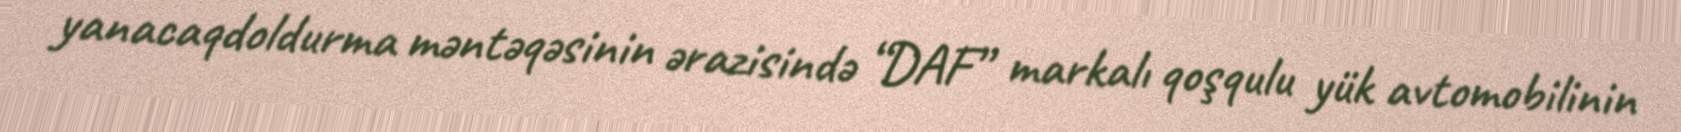
yanacaqdoldurma məntəqəsinin ərazisində “DAF” markalı qoşqulu yük avtomobilinin